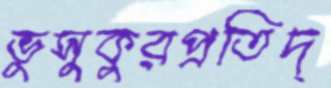
ভুসুকুরপ্রতিদ্